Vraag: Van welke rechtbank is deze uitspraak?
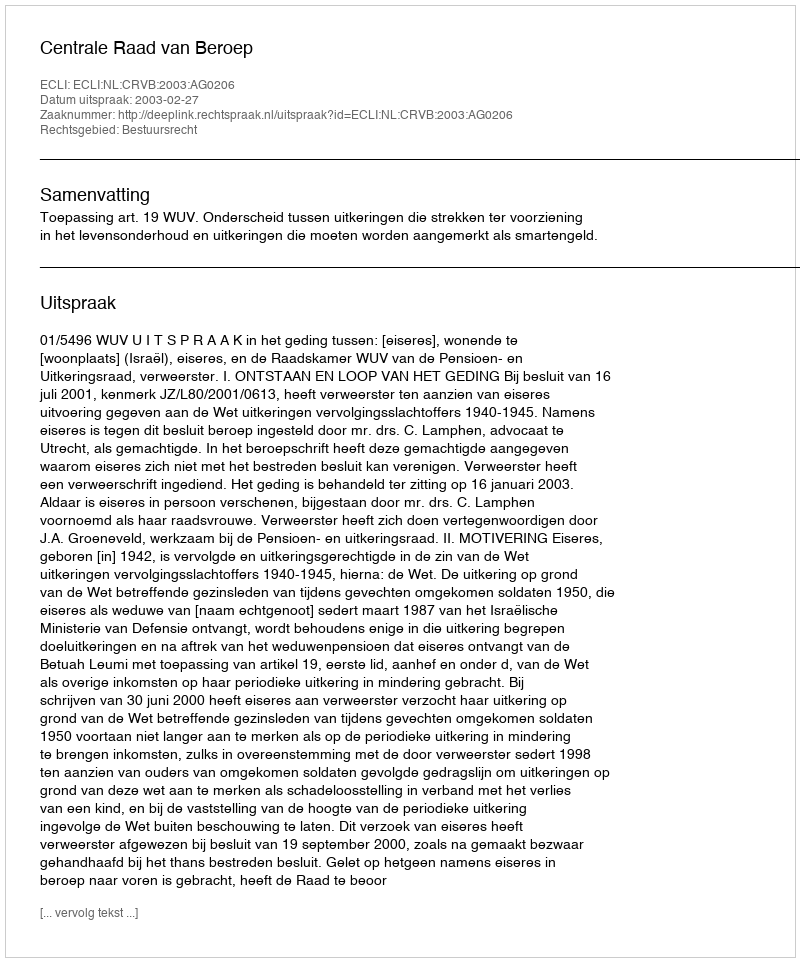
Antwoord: Centrale Raad van Beroep